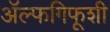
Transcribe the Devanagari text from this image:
ॲल्फगिफूशी